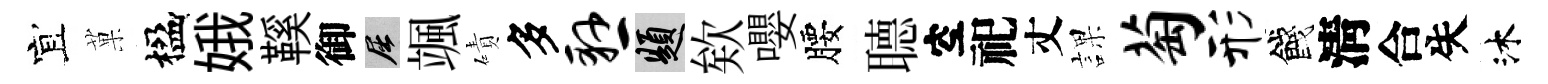
宜菓楹娥鞵御屈颯磧多悬題欸嚶腰𦗟空祀丈課萄形餞淸合失沐